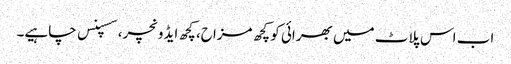
اب اس پلاٹ میں بھرائی کو کچھ مزاح، کچھ ایڈونچر، سسپنس چاہیے۔